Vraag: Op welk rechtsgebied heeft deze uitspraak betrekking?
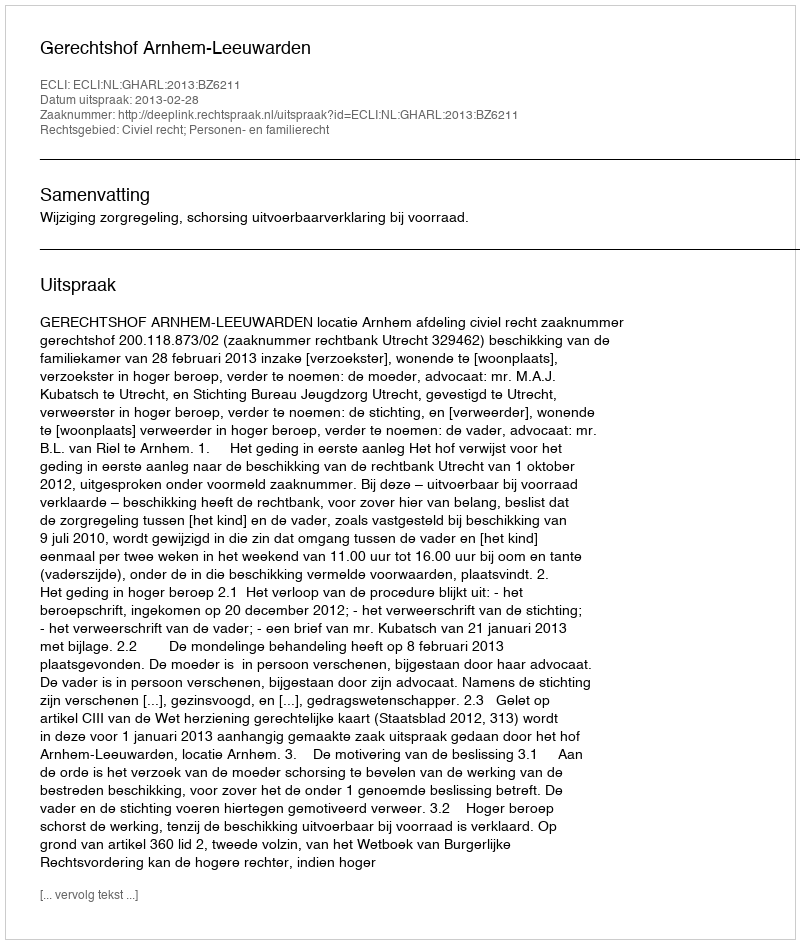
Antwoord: Civiel recht; Personen- en familierecht